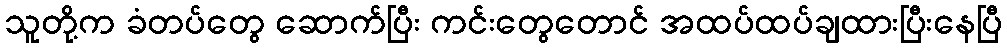
သူတို့က ခံတပ်တွေ ဆောက်ပြီး ကင်းတွေတောင် အထပ်ထပ်ချထားပြီးနေပြီ